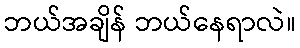
ဘယ်အချိန် ဘယ်နေရာလဲ။